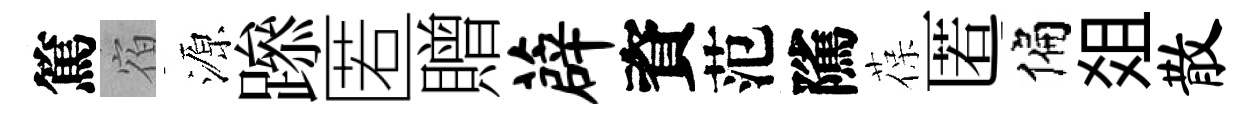
篤宿源𨅶匿贈薜資范隲葆匿偏爼散